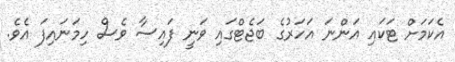
އެކަމަށް ޓަކައި އަންނަ އަހަރުގެ ބަޖެޓްގައި ވަނީ ފައިސާ ވެސް ހިމަނައިފަ އެވެ.